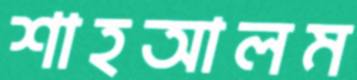
শাহআলম